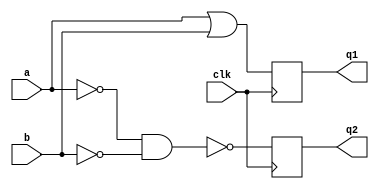
module top(input clk, input a, b, output reg q1, output q2);
reg r;
always @(posedge clk) begin
    q1 <= a | b;
    r <= ~(~a & ~b);
end
assign q2 = r;
endmodule